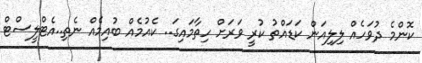
ކޮންމެ ދުވަހެއް ލިލިއަން ކަޑައްތު ކުރީ ވަރަށް ހިތާމައިގަ.. ކެއުމެއް ބުއިމެއް ނެތި..އެޓްލީސްޓް